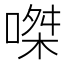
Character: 𠹳